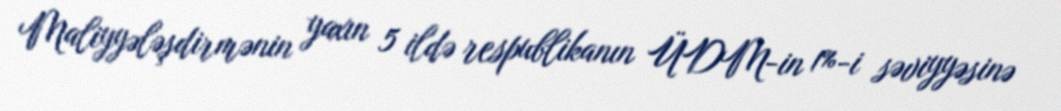
Maliyyələşdirmənin yaxın 5 ildə respublikanın ÜDM-in 1%-i səviyyəsinə